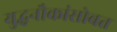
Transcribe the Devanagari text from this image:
युद्धनौकांसोबत